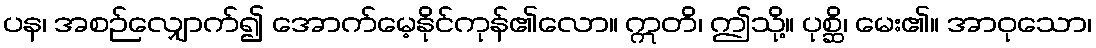
ပန၊ အစဉ်လျှောက်၍ အောက်မေ့နိုင်ကုန်၏လော။ ဣတိ၊ ဤသို့။ ပုစ္ဆိ၊ မေး၏။ အာဝုသော၊